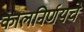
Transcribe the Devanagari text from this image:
कालनिर्णयचे